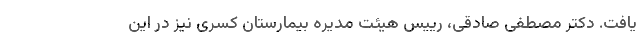
یافت. دکتر مصطفی صادقی، رييس هیئت مدیره بیمارستان کسری نیز در این